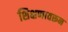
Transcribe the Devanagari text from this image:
शिक्षणावरून